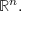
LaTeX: \mathbb { R } ^ { n } .